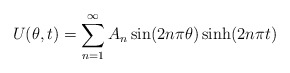
\begin{align*}\begin{aligned}U(\theta,t)= \sum_{n=1}^{\infty}A_n \sin(2n\pi\theta)\sinh(2n\pi t)\\\end{aligned}\end{align*}